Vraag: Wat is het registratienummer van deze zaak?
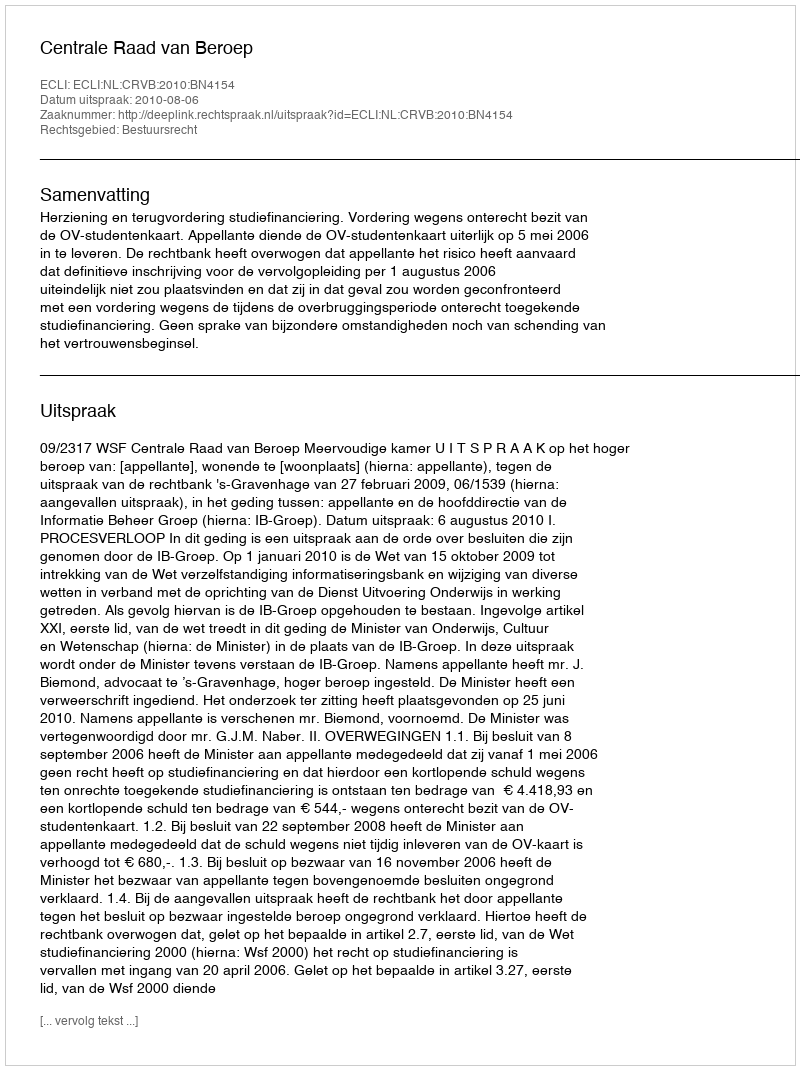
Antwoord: http://deeplink.rechtspraak.nl/uitspraak?id=ECLI:NL:CRVB:2010:BN4154